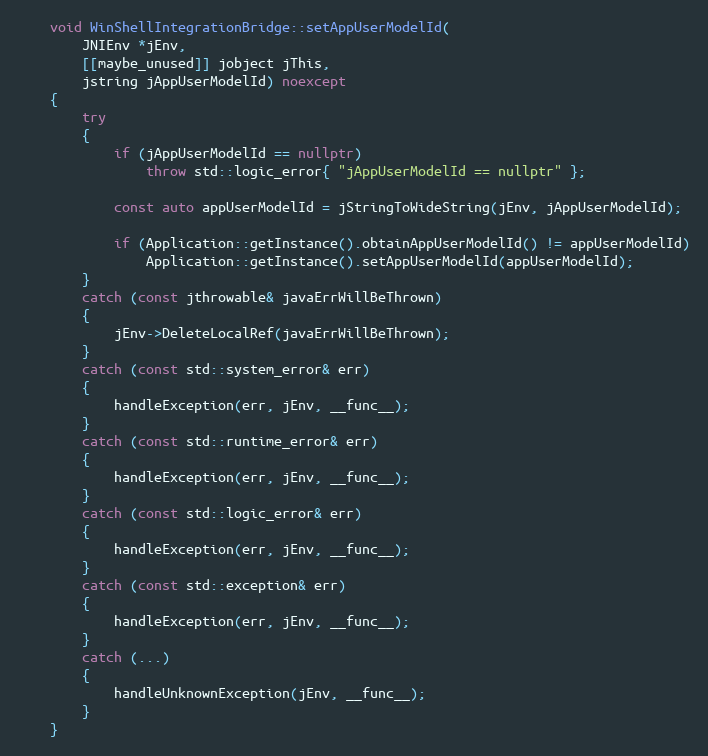
Language: C++
    void WinShellIntegrationBridge::setAppUserModelId(
        JNIEnv *jEnv,
        [[maybe_unused]] jobject jThis,
        jstring jAppUserModelId) noexcept
    {
        try
        {
            if (jAppUserModelId == nullptr)
                throw std::logic_error{ "jAppUserModelId == nullptr" };

            const auto appUserModelId = jStringToWideString(jEnv, jAppUserModelId);

            if (Application::getInstance().obtainAppUserModelId() != appUserModelId)
                Application::getInstance().setAppUserModelId(appUserModelId);
        }
        catch (const jthrowable& javaErrWillBeThrown)
        {
            jEnv->DeleteLocalRef(javaErrWillBeThrown);
        }
        catch (const std::system_error& err)
        {
            handleException(err, jEnv, __func__);
        }
        catch (const std::runtime_error& err)
        {
            handleException(err, jEnv, __func__);
        }
        catch (const std::logic_error& err)
        {
            handleException(err, jEnv, __func__);
        }
        catch (const std::exception& err)
        {
            handleException(err, jEnv, __func__);
        }
        catch (...)
        {
            handleUnknownException(jEnv, __func__);
        }
    }